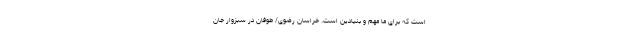
است که برای ما مهم و بنیادین است. خراسان رضوی/ طوفان در سبزوار جان